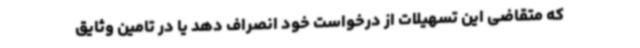
که متقاضی این تسهیلات از درخواست خود انصراف دهد یا در تامین وثایق